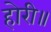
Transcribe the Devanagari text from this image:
होरी॥